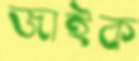
জাইক